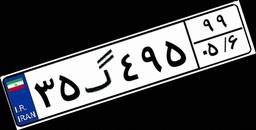
۰۳گ۹۵۲۶۸